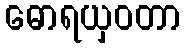
ဓောရယှဝတာ